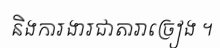
និងការងារជាតារាច្រៀង ។